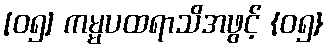
[၀၅] ကမ္မပထရာသိအဖွင့် {၀၅}